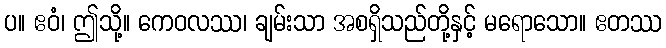
ပ။ ဧဝံ၊ ဤသို့။ ကေဝလဿ၊ ချမ်းသာ အစရှိသည်တို့နှင့် မရောသော။ ဧတဿ